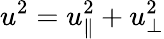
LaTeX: u^{2}=u_{\parallel}^{2}+u_{\perp}^{2}